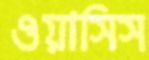
ওয়াসিস